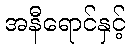
အနီရောင်နှင့်